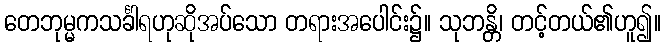
တေဘုမ္မကသင်္ခါရဟုဆိုအပ်သော တရားအပေါင်း၌။ သုဘန္တိ၊ တင့်တယ်၏ဟူ၍။